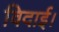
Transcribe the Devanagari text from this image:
विदाई।